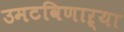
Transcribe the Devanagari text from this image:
उमटविणाऱ्या